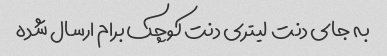
به جای دنت  لیتری دنت کوچک برام ارسال شده